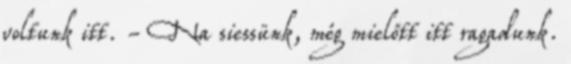
voltunk itt. - Na siessünk, még mielőtt itt ragadunk.